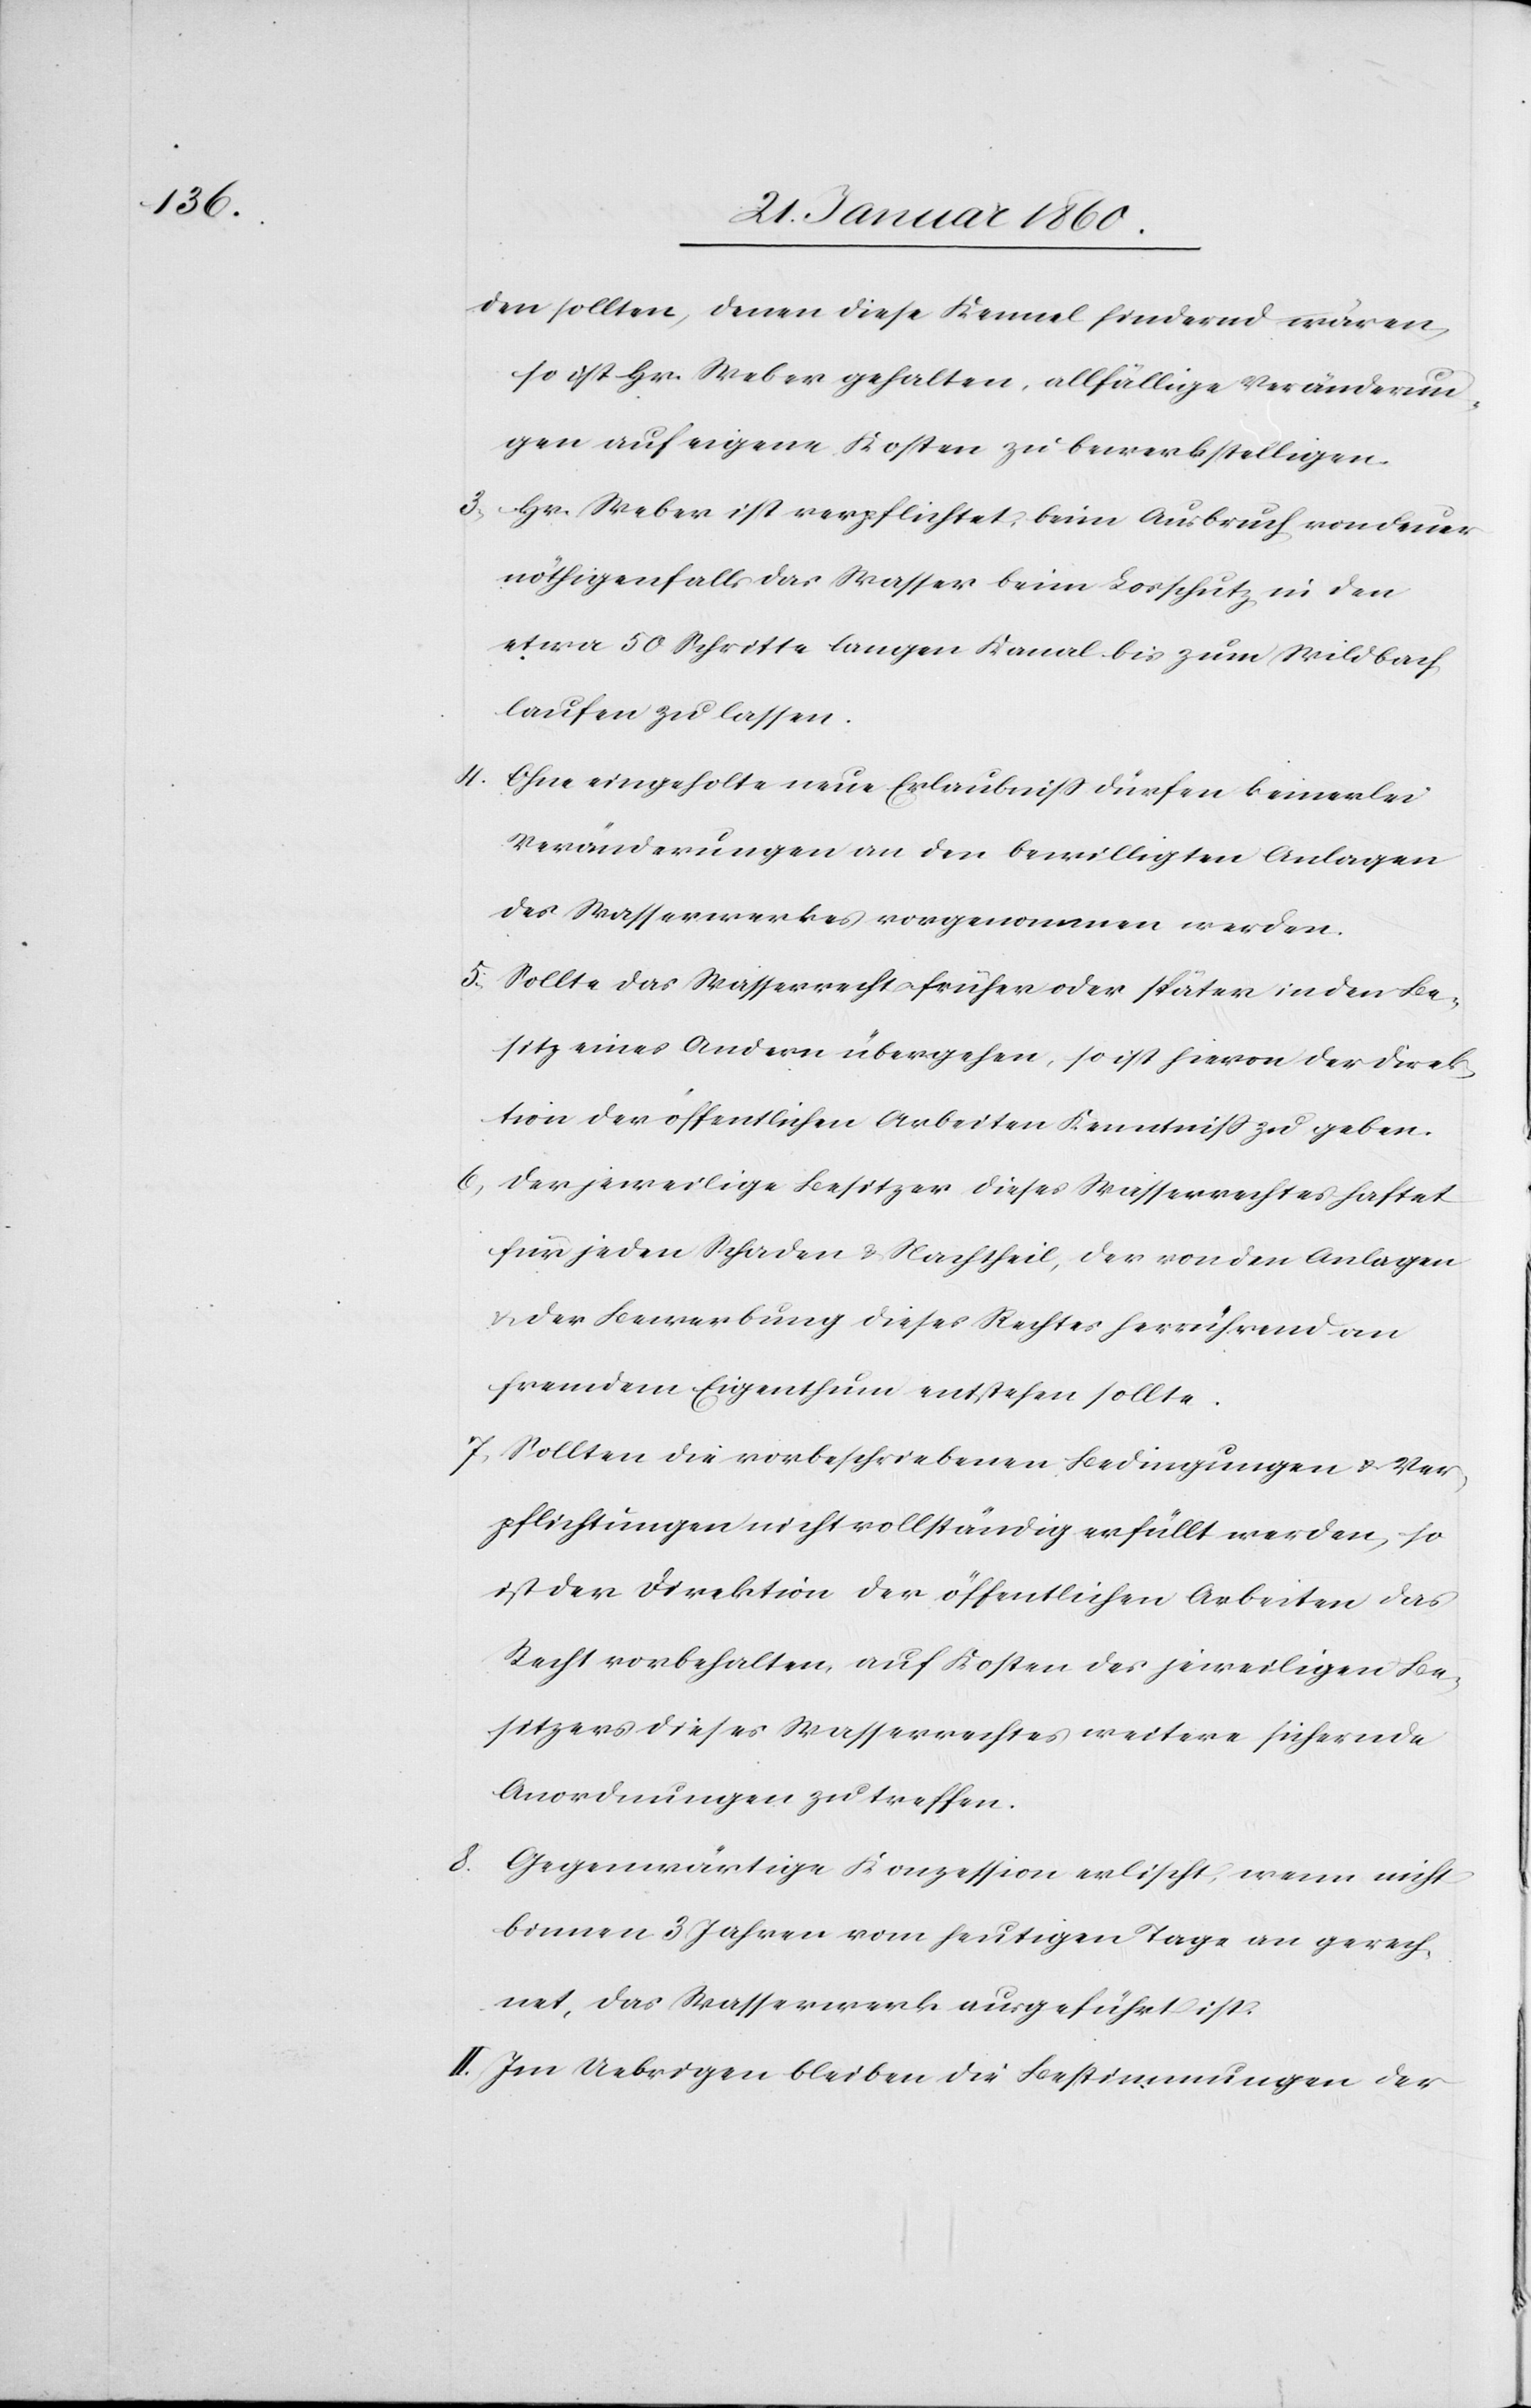
den sollten, denen diese Kennel hindernd wären,
so ist Hr. Weber gehalten, allfällige Veränderun¬
gen auf eigene Kosten zu bewerkstelligen.
3. Hr. Weber ist verpflichtet, beim Ausbruch vom Feuer
nöthigenfalls das Wasser beim Lorschutz in den
etwa 50 Schritte langen Kanal bis zum Wildbach
laufen zu lassen.
4. Ohne eingeholte neue Erlaubniss dürfen keinerlei
Veränderungen an den bewilligten Anlagen
des Wasserwerkes vorgenommen werden.
5. Sollte das Wasserrecht früher oder später in den Be¬
sitz eines Andern übergehen, so ist hiervon der Direk¬
tion der öffentlichen Arbeiten Kenntniß zu geben.
6. Der jeweilige Besitzer dieses Wasserrechtes haftet
für jeden Schaden u. Nachtheil, der von den Anlagen
u. der Bewerbung dieses Rechtes herrührend an
fremdem Eigenthum entstehen sollte.
7. Sollten die vorbeschriebenen Bedingungen u. Ver¬
pflichtungen nicht vollständig erfüllt werden, so
ist der Direktion der öffentlichen Arbeiten das
Recht vorbehalten auf Kosten des jeweiligen Be¬
sitzers dieses Wasserrechtes weitere sichernde
Anordnungen zu treffen.
8. Gegenwärtige Konzession erlischt wenn nicht
binnen 3 Jahren vom heutigen Tage an gerech¬
net, das Wasserwerk ausgeführt ist.
II. Im Uebrigen bleiben die Bestimmungen der